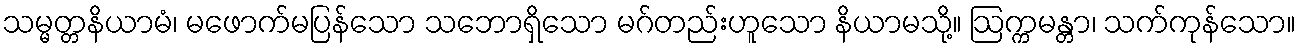
သမ္မတ္တနိယာမံ၊ မဖောက်မပြန်သော သဘောရှိသော မဂ်တည်းဟူသော နိယာမသို့။ ဩက္ကမန္တာ၊ သက်ကုန်သော။